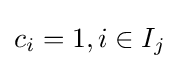
c_{i}=1,i\in I_{j}